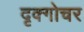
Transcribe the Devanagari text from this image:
दृक्गोचर